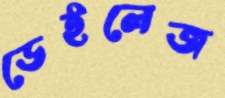
ডেইলেজ